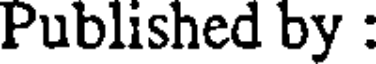
Published by :